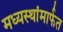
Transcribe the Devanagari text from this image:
मध्यस्थांमार्फत